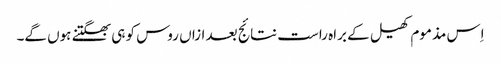
اِس مذموم کھیل کے براہ راست نتائج بعد ازاں روس کو ہی بھگتنے ہوں گے۔